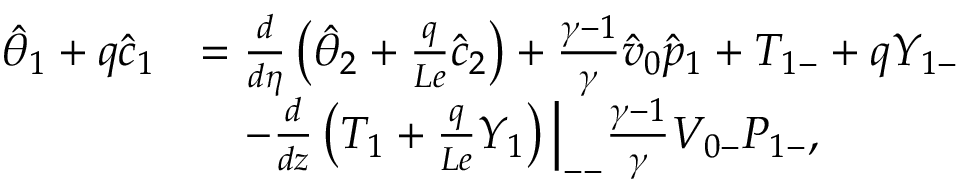
\begin{array} { r l } { \hat { \theta } _ { 1 } + q \hat { c } _ { 1 } } & { = \frac { d } { d \eta } \left( \hat { \theta } _ { 2 } + \frac { q } { L e } \hat { c } _ { 2 } \right) + \frac { \gamma - 1 } { \gamma } \hat { v } _ { 0 } \hat { p } _ { 1 } + { T } _ { 1 - } + q { Y } _ { 1 - } } \\ & { \quad - \frac { d } { d z } \left( { T } _ { 1 } + \frac { q } { L e } { Y } _ { 1 } \right) \Big | _ { -- } \frac { \gamma - 1 } { \gamma } { V } _ { 0 - } { P } _ { 1 - } , } \end{array}